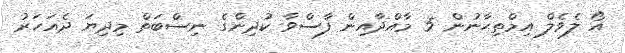
އޯ ލެވެލް އިމްތިޙާނުން 5 މާއްދާއިން ފާސްވާ ކުދިންގެ ނިސްބަތް މިދިޔަ ދެއަހަރު